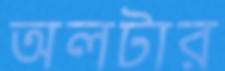
অলটার